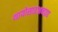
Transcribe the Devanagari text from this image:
थायोसाइआनाइड